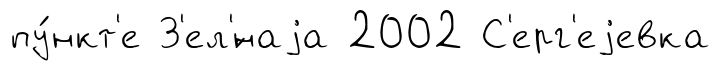
пу́нкт'е З'ел'́наjа 2002 С'ерг'еjевка